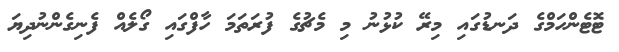
ޓޮޓެންހަމްގެ ދަނޑުގައި މިރޭ ކުޅުނު މި މެޗުގެ ފުރަތަމަ ހާފްގައި ގޯލެއް ފެނިގެންނުދިޔަ